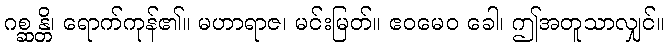
ဂစ္ဆန္တိ၊ ရောက်ကုန်၏။ မဟာရာဇ၊ မင်းမြတ်။ ဧဝမေဝ ခေါ၊ ဤအတူသာလျှင်။